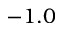
- 1 . 0